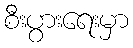
စီးပွားရေးမှာ